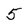
Character: 5